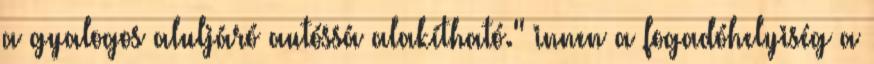
a gyalogos aluljáró autóssá alakítható." innen a fogadóhelyiség a